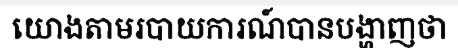
យោងតាមរបាយការណ៍បានបង្ហាញថា